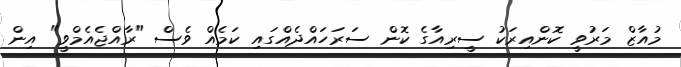
މުއާޒް މަރުވީ ކޮންއިިރަކު ސީރިއާގެ ކޮން ސަރަހައްދެއްގައި ކަމެއް ވެސް "ރާއްޖެއެމްވީ" އިން